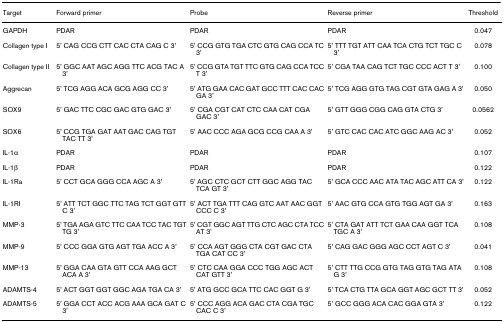
<table><thead><tr><td><b>Target</b></td><td><b>Forward primer</b></td><td><b>Probe</b></td><td><b>Reverse primer</b></td><td><b>Threshold</b></td></tr></thead><tbody><tr><td>GAPDH</td><td>PDAR</td><td>PDAR</td><td>PDAR</td><td>0.047</td></tr><tr><td>Collagen type I</td><td>5&#x27; CAG CCG CTT CAC CTA CAG C 3&#x27;</td><td>5&#x27; CCG GTG TGA CTC GTG CAG CCA TC 3&#x27;</td><td>5&#x27; TTT TGT ATT CAA TCA CTG TCT TGC C 3&#x27;</td><td>0.078</td></tr><tr><td>Collagen type II</td><td>5&#x27; GGC AAT AGC AGG TTC ACG TAC A 3&#x27;</td><td>5&#x27; CCG GTA TGT TTC GTG CAG CCA TCC T 3&#x27;</td><td>5&#x27; CGA TAA CAG TCT TGC CCC ACT T 3&#x27;</td><td>0.100</td></tr><tr><td>Aggrecan</td><td>5&#x27; TCG AGG ACA GCG AGG CC 3&#x27;</td><td>5&#x27; ATG GAA CAC GAT GCC TTT CAC CAC GA 3&#x27;</td><td>5&#x27; TCG AGG GTG TAG CGT GTA GAG A 3&#x27;</td><td>0.050</td></tr><tr><td>SOX9</td><td>5&#x27; GAC TTC CGC GAC GTG GAC 3&#x27;</td><td>5&#x27; CGA CGT CAT CTC CAA CAT CGA GAC 3&#x27;</td><td>5&#x27; GTT GGG CGG CAG GTA CTG 3&#x27;</td><td>0.0562</td></tr><tr><td>SOX6</td><td>5&#x27; CCG TGA GAT AAT GAC CAG TGT TAC TT 3&#x27;</td><td>5&#x27; AAC CCC AGA GCG CCG CAA A 3&#x27;</td><td>5&#x27; GTC CAC CAC ATC GGC AAG AC 3&#x27;</td><td>0.052</td></tr><tr><td>IL-1α</td><td>PDAR</td><td>PDAR</td><td>PDAR</td><td>0.107</td></tr><tr><td>IL-1β</td><td>PDAR</td><td>PDAR</td><td>PDAR</td><td>0.122</td></tr><tr><td>IL-1Ra</td><td>5&#x27; CCT GCA GGG CCA AGC A 3&#x27;</td><td>5&#x27; AGC CTC GCT CTT GGC AGG TAC TCA GT 3&#x27;</td><td>5&#x27; GCA CCC AAC ATA TAC AGC ATT CA 3&#x27;</td><td>0.122</td></tr><tr><td>IL-1RI</td><td>5&#x27; ATT TCT GGC TTC TAG TCT GGT GTT C 3&#x27;</td><td>5&#x27; ACT TGA TTT CAG GTC AAT AAC GGT CCC C 3&#x27;</td><td>5&#x27; AAC GTG CCA GTG TGG AGT GA 3&#x27;</td><td>0.163</td></tr><tr><td>MMP-3</td><td>5&#x27; TGA AGA GTC TTC CAA TCC TAC TGT TG 3&#x27;</td><td>5&#x27; CGT GGC AGT TTG CTC AGC CTA TCC AT 3&#x27;</td><td>5&#x27; CTA GAT ATT TCT GAA CAA GGT TCA TGC A 3&#x27;</td><td>0.108</td></tr><tr><td>MMP-9</td><td>5&#x27; CCC GGA GTG AGT TGA ACC A 3&#x27;</td><td>5&#x27; CCA AGT GGG CTA CGT GAC CTA TGA CAT CC 3&#x27;</td><td>5&#x27; CAG GAC GGG AGC CCT AGT C 3&#x27;</td><td>0.041</td></tr><tr><td>MMP-13</td><td>5&#x27; GGA CAA GTA GTT CCA AAG GCT ACA A 3&#x27;</td><td>5&#x27; CTC CAA GGA CCC TGG AGC ACT CAT GTT 3&#x27;</td><td>5&#x27; CTT TTG CCG GTG TAG GTG TAG ATA G 3&#x27;</td><td>0.108</td></tr><tr><td>ADAMTS-4</td><td>5&#x27; ACT GGT GGT GGC AGA TGA CA 3&#x27;</td><td>5&#x27; ATG GCC GCA TTC CAC GGT G 3&#x27;</td><td>5&#x27; TCA CTG TTA GCA GGT AGC GCT TT 3&#x27;</td><td>0.052</td></tr><tr><td>ADAMTS-5</td><td>5&#x27; GGA CCT ACC ACG AAA GCA GAT C 3&#x27;</td><td>5&#x27; CCC AGG ACA GAC CTA CGA TGC CAC C 3&#x27;</td><td>5&#x27; GCC GGG ACA CAC GGA GTA 3&#x27;</td><td>0.122</td></tr></tbody></table>